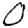
Digit: 0